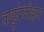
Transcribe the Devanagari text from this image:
वायुदेवतेद्वारा